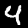
Digit: 4